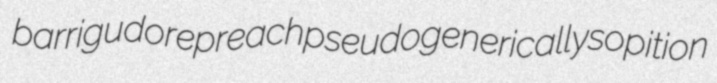
barrigudo repreach pseudogenerically sopition